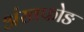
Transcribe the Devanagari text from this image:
अंखफोङ